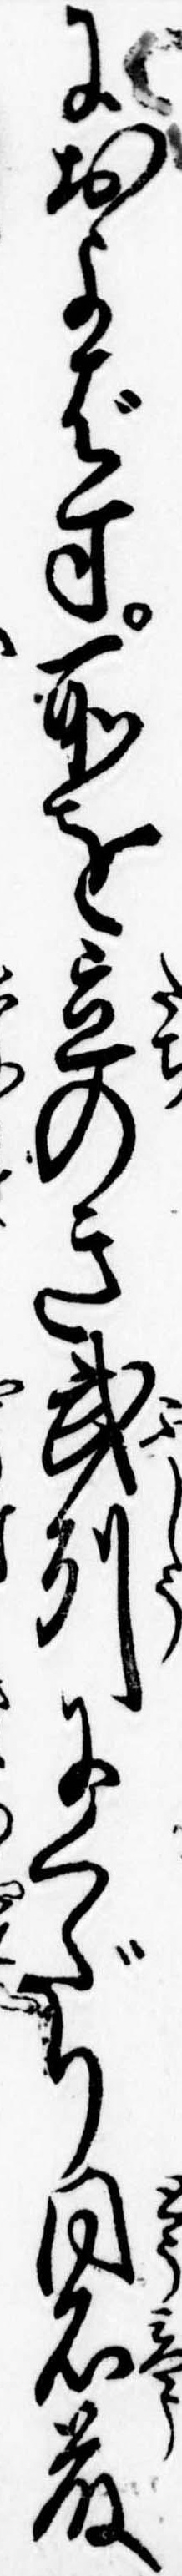
におよばす所を立のき武州にくだり同名藤